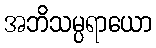
အဘိသမ္ပရာယော